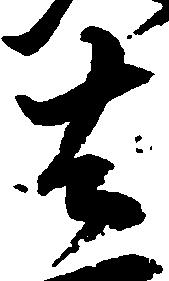
去